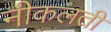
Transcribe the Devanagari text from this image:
नीकलती